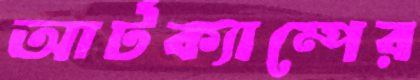
আর্টক্যাম্পের